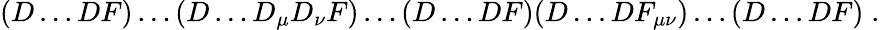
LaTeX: (D\ldots DF)\ldots(D\ldots D_{\mu}D_{\nu}F)\ldots(D\ldots DF)(D\ldots DF_{\mu\nu})\ldots(D\ldots DF)\; .